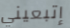
إتبعيني